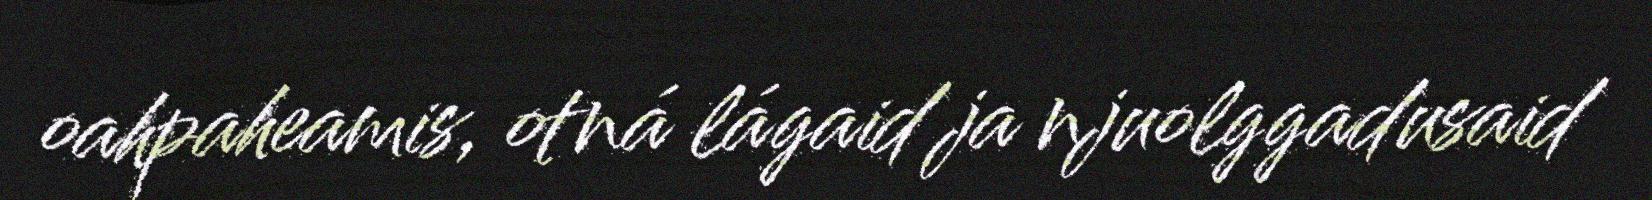
oahpaheamis, otná lágaid ja njuolggadusaid